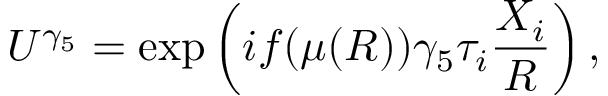
U ^ { \gamma _ { 5 } } = \exp \left( i f ( \mu ( R ) ) \gamma _ { 5 } \tau _ { i } \frac { X _ { i } } { R } \right) ,